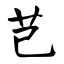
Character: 芑